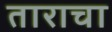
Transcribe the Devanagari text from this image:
ताराचा